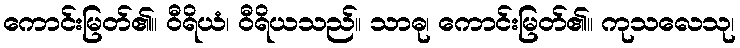
ကောင်းမြတ်၏။ ဝီရိယံ၊ ဝီရိယသည်။ သာဓု၊ ကောင်းမြတ်၏။ ကုသလေသု၊